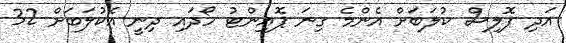
އަދި ޕޮލިސް ކުލަބަށް އެންމެ ގިނަ ޕޮއިންޓު ހޯދައި ދިނީ އެކުލަބަށް 32